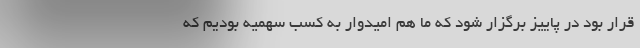
قرار بود در پاییز برگزار شود که ما هم امیدوار به کسب سهمیه بودیم که